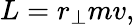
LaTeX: L=r_{\perp}mv,